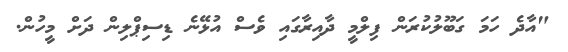
"އާދެ ހަމަ ގަބޫލުކުރަން ފިލްމީ ދާއިރާގައި ވެސް އުޅޭނެ ޑިސިޕްލިން ދަށް މީހުން.